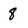
Character: 8